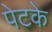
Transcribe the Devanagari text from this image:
पेटके